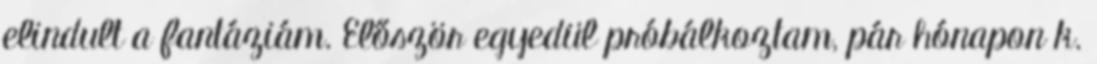
elindult a fantáziám. Először egyedül próbálkoztam, pár hónapon k.